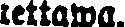
tettawa.